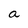
Character: a